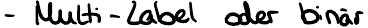
- Multi - Label oder binär